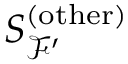
S _ { \mathcal { F ^ { \prime } } } ^ { ( \mathrm { o t h e r } ) }